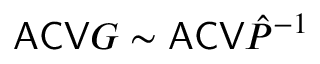
\mathsf { A C V } G \sim \mathsf { A C V } \hat { P } ^ { - 1 }